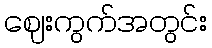
ဈေးကွက်အတွင်း